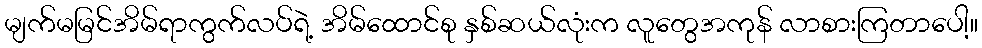
မျက်မမြင်အိမ်ရာကွက်လပ်ရဲ့ အိမ်ထောင်စု နှစ်ဆယ်လုံးက လူတွေအကုန် လာစားကြတာပေါ့။